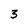
Character: 3